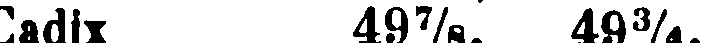
Cadix 49 7/8 49 3/4.